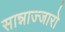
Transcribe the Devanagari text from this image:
सान्नाज्जारो